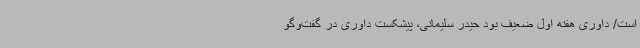
است/ داوری هفته اول ضعیف بود حیدر سلیمانی، پیشکست داوری در گفت‌وگو